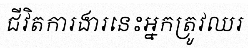
ជីវិតការងារនេះអ្នកត្រូវឈរ